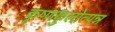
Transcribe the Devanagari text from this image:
कृष्णकुलोत्पन्न